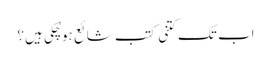
اب تک کتنی کتب شائع ہو چُکی ہیں؟